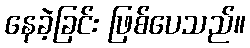
နေခဲ့ခြင်း ဖြစ်ပေသည်။